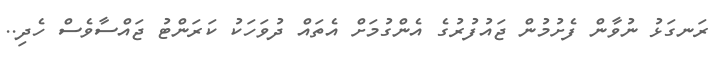
ރަނގަޅު ނުވާން ފެށުމުން ޖައުފުރުގެ އެންގުމަށް އެތައް ދުވަހަކު ކަރަންޓު ޖައްސާވެސް ހެދި..